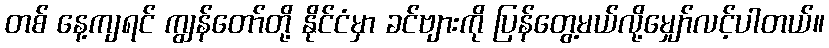
တစ် နေ့ကျရင် ကျွန်တော်တို့ နိုင်ငံမှာ ခင်ဗျားကို ပြန်တွေ့မယ်လို့မျှော်လင့်ပါတယ်။